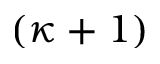
( \kappa + 1 )